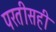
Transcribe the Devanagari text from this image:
परतीसही